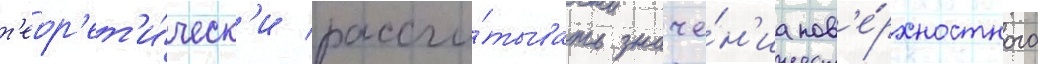
т'еор'ет'и́ческ'и рассчи́тывать значе́н'иа пов'е́рхностного